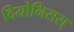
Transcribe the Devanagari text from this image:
दियोनिसस्